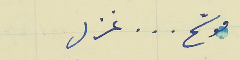
موشح     .    .    .    غزل